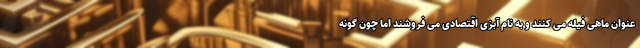
عنوان ماهی فیله می کنند و به نام آبزی اقتصادی می فروشند اما چون گونه